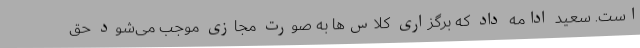
است. سعید ادامه داد که برگزاری کلاس‌ها به صورت مجازی موجب می‌شود حق